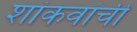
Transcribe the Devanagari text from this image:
शांकवांची